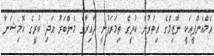
އެމްއެންޕީއަކީ ނާޒިމްގެ އިތުރުން ކުރީގެ ތިމަރަފުށީ ދާއިރާގެ މެންބަރު އަދި ކުރީގެ ކޮމިޝަނާ